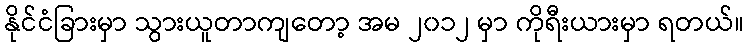
နိုင်ငံခြားမှာ သွားယူတာကျတော့ အမ ၂၀၁၂ မှာ ကိုရီးယားမှာ ရတယ်။